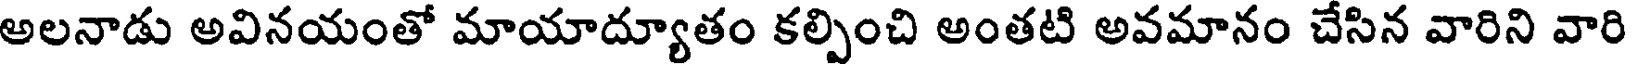
అలనాడు అవినయంతో మాయాద్యూతం కల్పించి అంతటి అవమానం చేసిన వారిని వారి